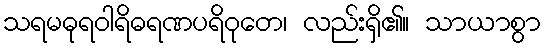
သရမဓုရဝါရိဓရဏပရိဝုတေ၊ လည်းရှိ၏။ သာယာစွာ